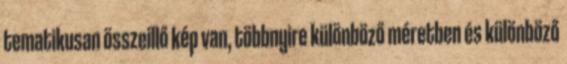
tematikusan összeillő kép van, többnyire különböző méretben és különböző